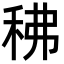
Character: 䄶